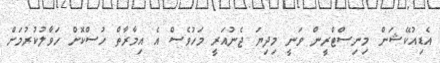
އެޑިއުކޭޝަން މިނިސްޓްރީން ވަނީ މިދިޔަ ޖެނުއަރީ މަހުވެސް އެ އިމާރާތް ހުސްކޮށް ހަވާލުކުރުމަށް